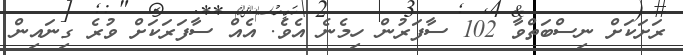
ރަށަކަށް ނިސްބަތްވާ 102 ސާފަރުން ހިމެނެ އެވެ. އެއް ސާފަރަކަށް ވުރެ ގިނައިން